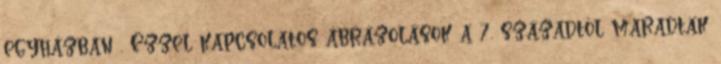
egyházban . Ezzel kapcsolatos ábrázolások a 7. századtól maradtak